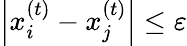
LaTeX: \left|x_{i}^{(t)}-x_{j}^{(t)}\right|\leq\varepsilon